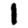
Digit: 1